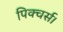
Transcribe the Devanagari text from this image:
पिक्चर्स।